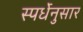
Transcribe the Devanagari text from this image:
स्पर्धेनुसार